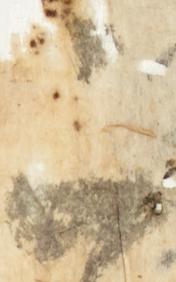
二